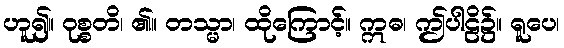
ဟူ၍။ ဝုစ္စတိ၊ ၏။ တသ္မာ၊ ထိုကြောင့်။ ဣဓ၊ ဤပါဠိ၌။ ရူပေ၊